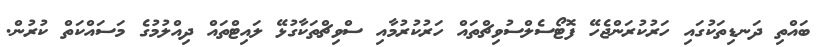
ބައްތި ދަނޑިތަކުގައި ހަރުކުރަންޖެހޭ ފޮޓޯސެލްސުވިޗްތައް ހަރުކުރުމާއި ސްވިޗްތަކާގުޅޭ ލައިޓްތައް ދިއްލުމުގެ މަސައްކަތް ކުރުން.